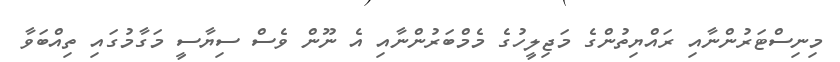
މިނިސްޓަރުންނާއި ރައްޔިތުންގެ މަޖިލީހުގެ މެމްބަރުންނާއި އެ ނޫން ވެސް ސިޔާސީ މަގާމުގައި ތިއްބަވާ